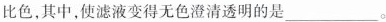
比色，其中，使滤液变得无色澄清透明的是___。